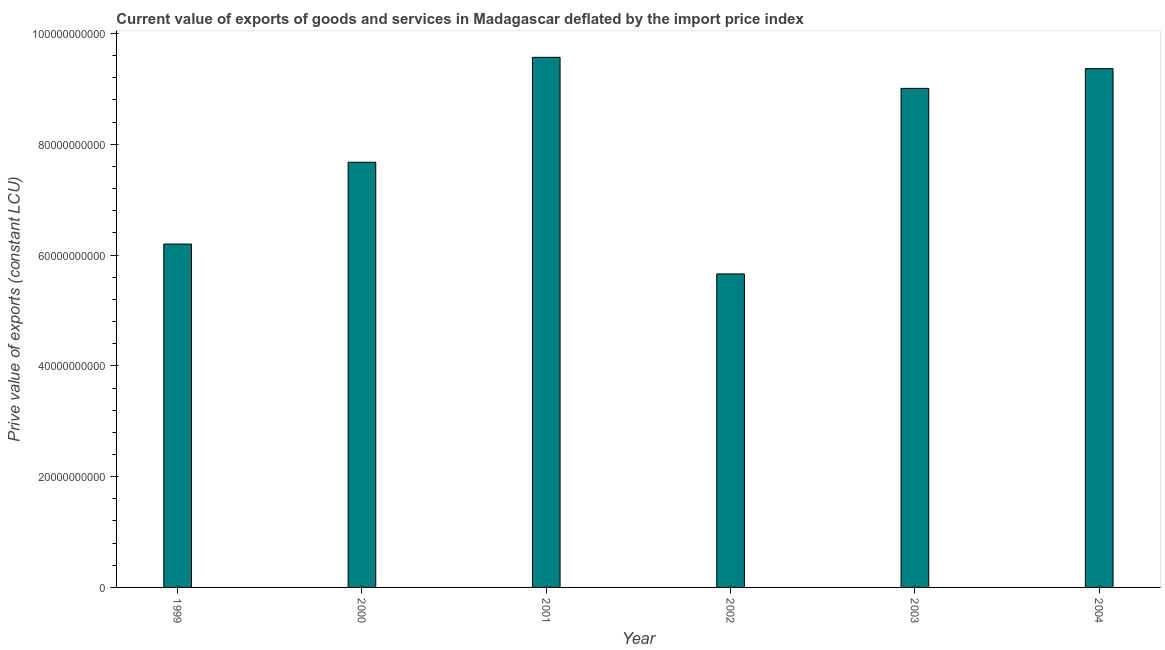
| Year | Exports as a capacity to import (constant LCU) |
 | --- | --- |
 | 1999 | 6.2e+10 |
 | 2000 | 7.68e+10 |
 | 2001 | 9.57e+10 |
 | 2002 | 5.66e+10 |
 | 2003 | 9.01e+10 |
 | 2004 | 9.36e+10 |